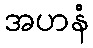
အဟနံ